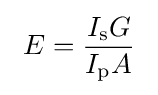
~E={\frac {I_{\rm {s}}G}{I_{\rm {p}}A}}~